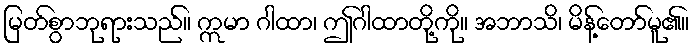
မြတ်စွာဘုရားသည်။ ဣမာ ဂါထာ၊ ဤဂါထာတို့ကို။ အဘာသိ၊ မိန့်တော်မူ၏။